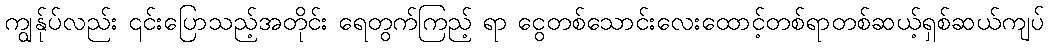
ကျွန်ုပ်လည်း ၎င်းပြောသည့်အတိုင်း ရေတွက်ကြည့် ရာ ငွေတစ်သောင်းလေးထောင့်တစ်ရာတစ်ဆယ့်ရှစ်ဆယ်ကျပ်